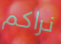
نراكم